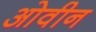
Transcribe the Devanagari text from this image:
ओवीन